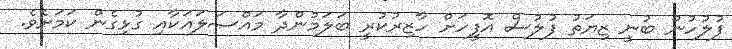
ފުލުހުން ބުނީ ޒިޔަތު ފުލުސް އޮފީހަށް ހާޒިރުކުރީ ބަލަމުންދާ މައްސަލައަަކާއި ގުޅިގެން ކަމަށެވެ.